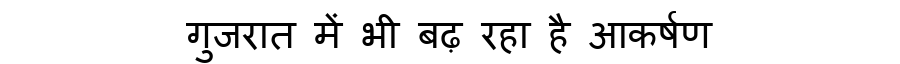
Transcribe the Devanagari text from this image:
गुजरात में भी बढ़ रहा है आकर्षण